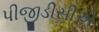
પીજીડીસીએ